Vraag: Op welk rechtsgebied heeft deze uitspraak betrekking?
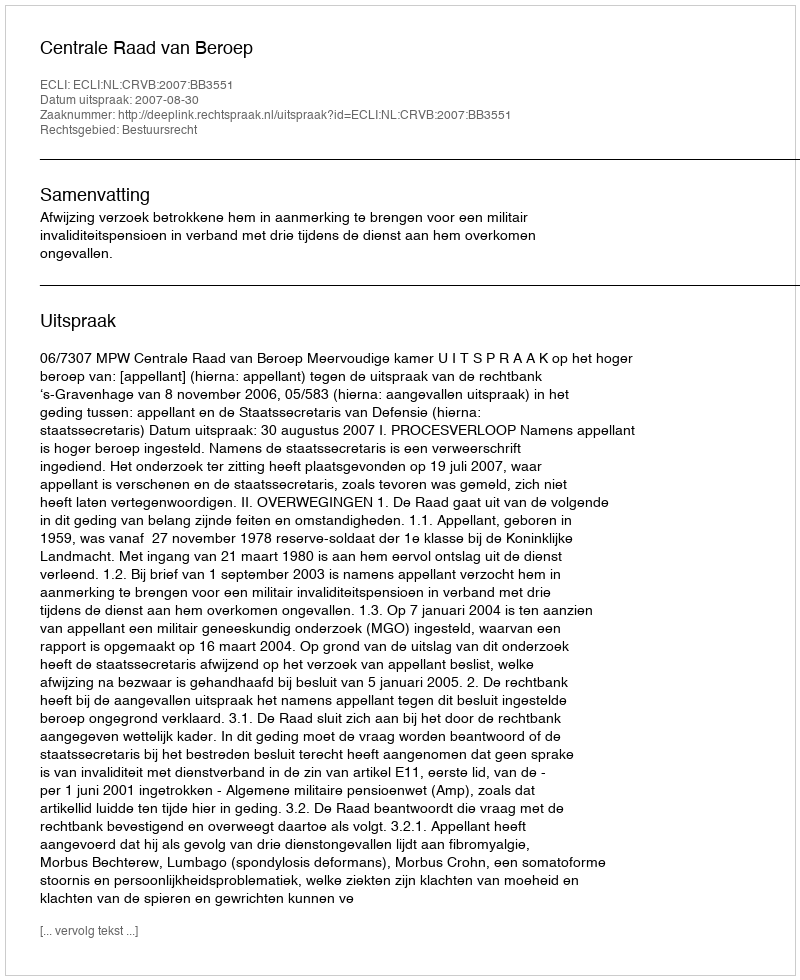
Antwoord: Bestuursrecht